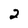
Character: 2